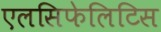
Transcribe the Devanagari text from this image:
एलसिफेलिटिस